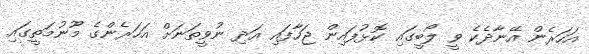
އަހަރެން އޭނާދެކެ ވީ ލޯބީގައި ކޮޅުފައިން ޖަހާފައި އަދި ނުވީތަނަށް އަހަރެންގެ މޫނުމަތީގައި